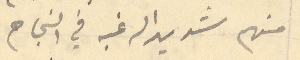
منهم شديد الرغبه في النجاح